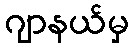
ဂျာနယ်မှ